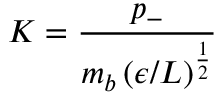
K = \frac { p _ { - } } { m _ { b } \left( \epsilon / L \right) ^ { \frac { 1 } { 2 } } }